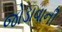
જોડાવાની